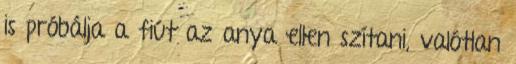
is próbálja a fiút az anya ellen szítani, valótlan